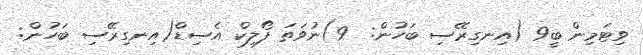
ވިޓަމިން ބީ9 (އިނގިރޭސި ބަހުން:  9)ނުވަތަ ފޯލިކް އެސިޑް(އިނގިރޭސި ބަހުން: